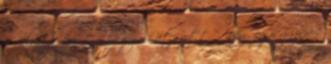
a választ kapta, hogy „Látszott ”, meg egy gúnyos